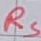
Text: RS